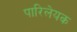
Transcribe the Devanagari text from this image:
पारिलेयक